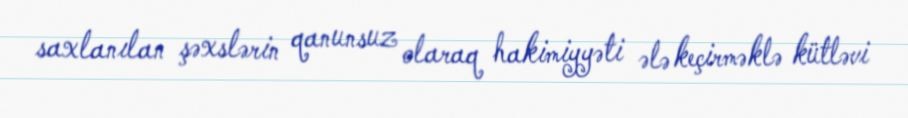
saxlanılan şəxslərin qanunsuz olaraq hakimiyyəti ələ keçirməklə kütləvi